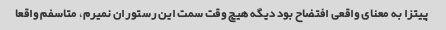
پیتزا به معنای واقعی افتضاح بود دیگه هیچ وقت سمت این رستوران نمیرم، متاسفم واقعا